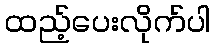
ထည့်ပေးလိုက်ပါ